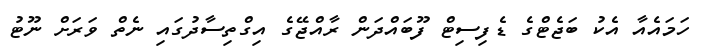
ހަމައެއާ އެކު ބަޖެޓްގެ ޑެފިސިޓް ފޫބައްދަން ރާއްޖޭގެ އިގްތިސާދުގައި ނެތް ވަރަށް ނޫޓު